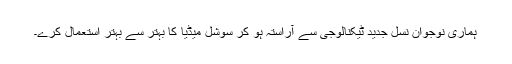
ہماری نوجوان نسل جدید ٹیکنالوجی سے آراستہ ہو کر سوشل میڈیا کا بہتر سے بہتر استعمال کرے۔